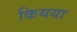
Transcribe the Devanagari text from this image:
कियया